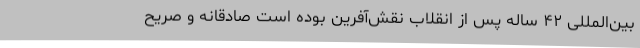
بین‌المللی ۴۲ سالهٔ پس از انقلاب نقش‌آفرین بوده است صادقانه و صریح